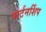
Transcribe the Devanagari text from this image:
पार्टनर्शिप